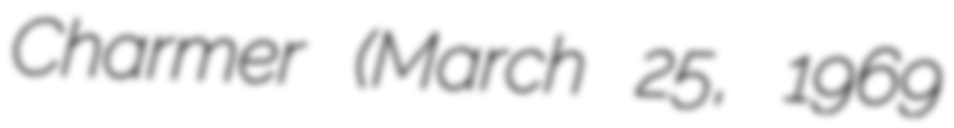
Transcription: Charmer (March 25, 1969